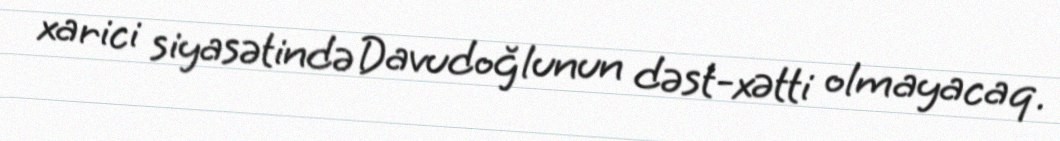
xarici siyasətində Davudoğlunun dəst-xətti olmayacaq.